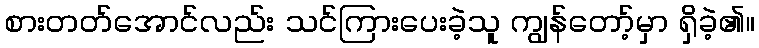
စားတတ်အောင်လည်း သင်ကြားပေးခဲ့သူ ကျွန်တော့်မှာ ရှိခဲ့၏။